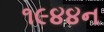
૧૯૪૪ન